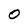
Character: O